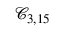
\mathcal { C } _ { 3 , 1 5 }